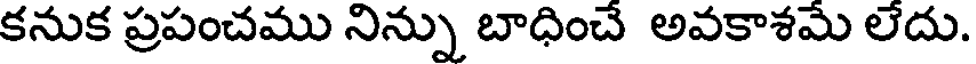
కనుక ప్రపంచము నిన్ను బాధించే అవకాశమే లేదు.